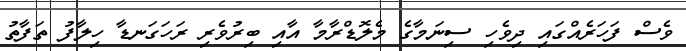
ވެސް ފަހަރެއްގައި ދިވެހި ސިނަމާގެ މެލޮޑްރާމާ އާއި ބިރުވެރި ރަހަގަނޑާ ހިލާފު ތަފާތު